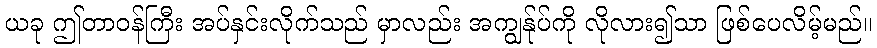
ယခု ဤတာဝန်ကြီး အပ်နှင်းလိုက်သည် မှာလည်း အကျွန်ုပ်ကို လိုလား၍သာ ဖြစ်ပေလိမ့်မည်။